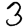
Digit: 3